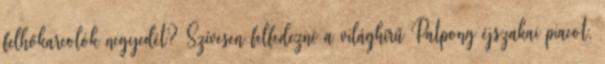
felhőkarcolók negyedét? Szívesen felfedezné a világhírű Patpong éjszakai piacot,